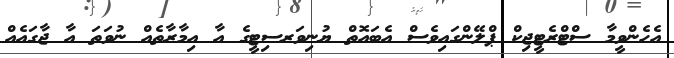
އެހެންވީމާ ސްޓްރެޓީޖިކް ޕްލޭންގައިވެސް އެބައޮތް ޔުނިވަރސިޓީގެ އާ އިމާރާތެއް ނުވަތަ އާ ޖާގައެއް